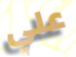
علي